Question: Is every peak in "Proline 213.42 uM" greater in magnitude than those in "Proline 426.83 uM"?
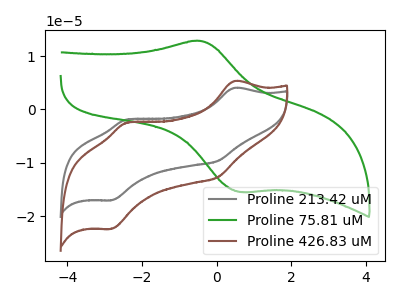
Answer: <think>The gray curve "Proline 213.42 uM" has anodic peaks at (0.45V, 4.00uA) (-2.40V, -1.90uA) and cathodic peaks at (0.05V, -9.60uA) (-2.80V, -16.95uA). The green curve "Proline 75.81 uM" has an anodic peak at (-0.45V, 12.80uA) and a cathodic peak at (0.65V, -15.40uA). The brown curve "Proline 426.83 uM" has anodic peaks at (0.45V, 5.30uA) (-2.40V, -2.50uA) and cathodic peaks at (0.05V, -12.65uA) (-2.80V, -22.30uA).</think>
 <answer>The peaks in "Proline 213.42 uM" are neither all higher or all lower than the peaks in "Proline 426.83 uM".</answer>
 <eval>mixed</eval>